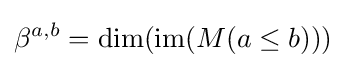
\beta ^{a,b}=\mathrm {dim} (\mathrm {im} (M(a\leq b)))